Papers set at the Examination for Leaving Certificates, 1892
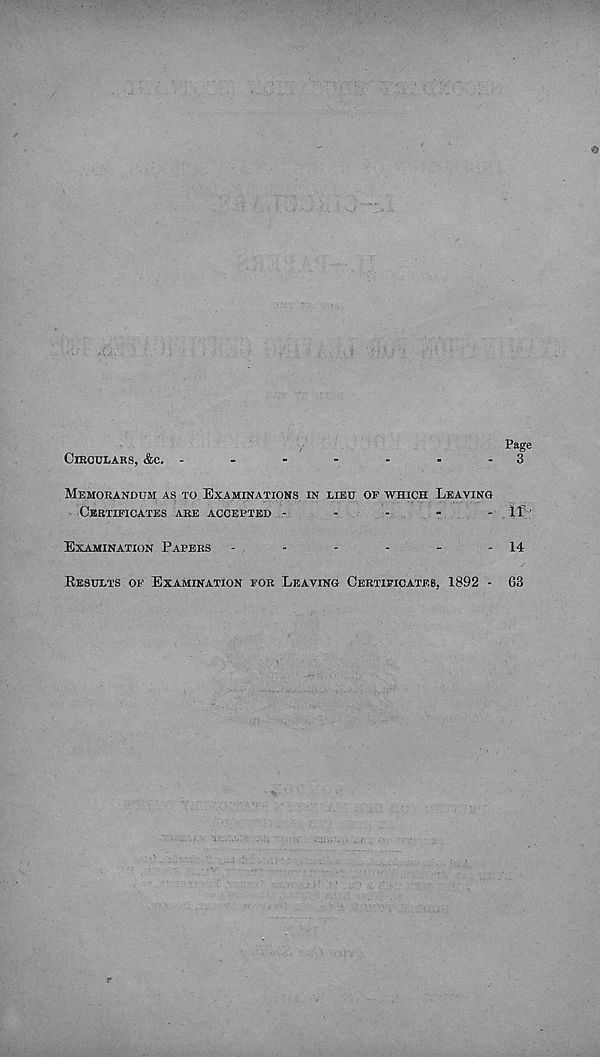
Page
CIRCULARS, AC. -
-
-
-
-
-
-
3
MEMORANDUM AS TO EXAMINATIONS IN LIEU OP WHICH LEAVING
CKRTIPICATES ARE ACCEPTED -
-
-
-
-
11
EXAMINATION PAPERS
-
-
-
-
-
- 14
RESULTS OP EXAMINATION POR LEAVING CERTIFICATES, 1892 - 63